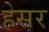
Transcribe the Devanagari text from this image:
हेसर